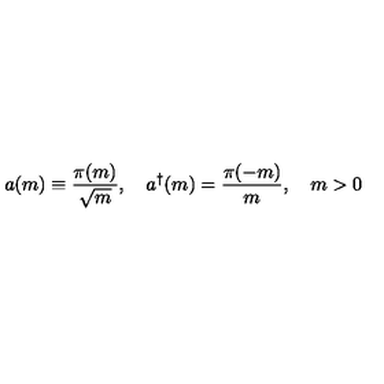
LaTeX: a ( m ) \equiv \frac { \pi ( m ) } { \sqrt { m } } , \quad a ^ { \dag } ( m ) = \frac { \pi ( - m ) } { m } , \quad m > 0